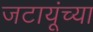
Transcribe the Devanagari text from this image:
जटायूंच्या